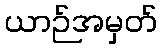
ယာဉ်အမှတ်